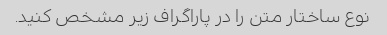
نوع ساختار متن را در پاراگراف زیر مشخص کنید.